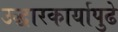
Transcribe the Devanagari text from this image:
उद्धारकार्यापुढे